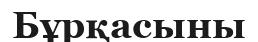
Бұрқасыны